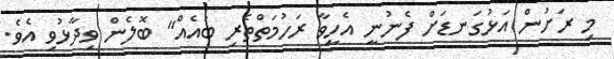
މި ރަށުން އަޅުގަނޑަށް ފެނުނީ އެހީވާ ރަހުމަތްތެރި ބައެއް" ބޮލެން ވިދާޅުވި އެވެ.